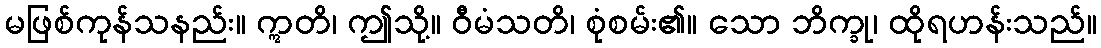
မဖြစ်ကုန်သနည်း။ ဣတိ၊ ဤသို့။ ဝီမံသတိ၊ စုံစမ်း၏။ သော ဘိက္ခု၊ ထိုရဟန်းသည်။